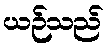
ယဉ်သည်